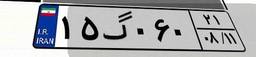
۵۴گ۸۶۵۵۸